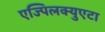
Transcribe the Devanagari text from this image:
एज्पिलक्युएटा